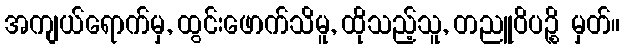
အကျယ်ရောက်မှ, ထွင်းဖောက်သိမူ, ထိုသည့်သူ, တညူဝိပဉ္စိ မှတ်။